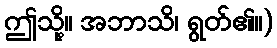
ဤသို့။ အဘာသိ၊ ရွတ်၏။)